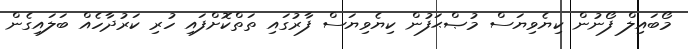
މޯބައިލް ފޯނުން ކިޔެވިޔަސް މުޞްޙަފުން ކިޔެވިޔަސް ފާރުގައި ތަތްކޮށްފައި ހުރި ކަރުދާހެއް ބަލައިގެން